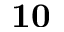
\mathbf { 1 0 }